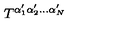
T ^ { \alpha _ { 1 } ^ { \prime } \alpha _ { 2 } ^ { \prime } \phantom { q } \! \! \! \dots \alpha _ { N } ^ { \prime } }